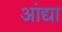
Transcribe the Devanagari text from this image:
आंद्या